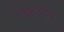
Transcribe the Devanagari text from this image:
टेकवत